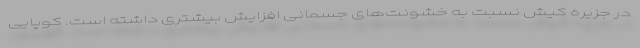
در جزیره کیش نسبت به خشونت‌های جسمانی افزایش بیشتری داشته است. کوپایی